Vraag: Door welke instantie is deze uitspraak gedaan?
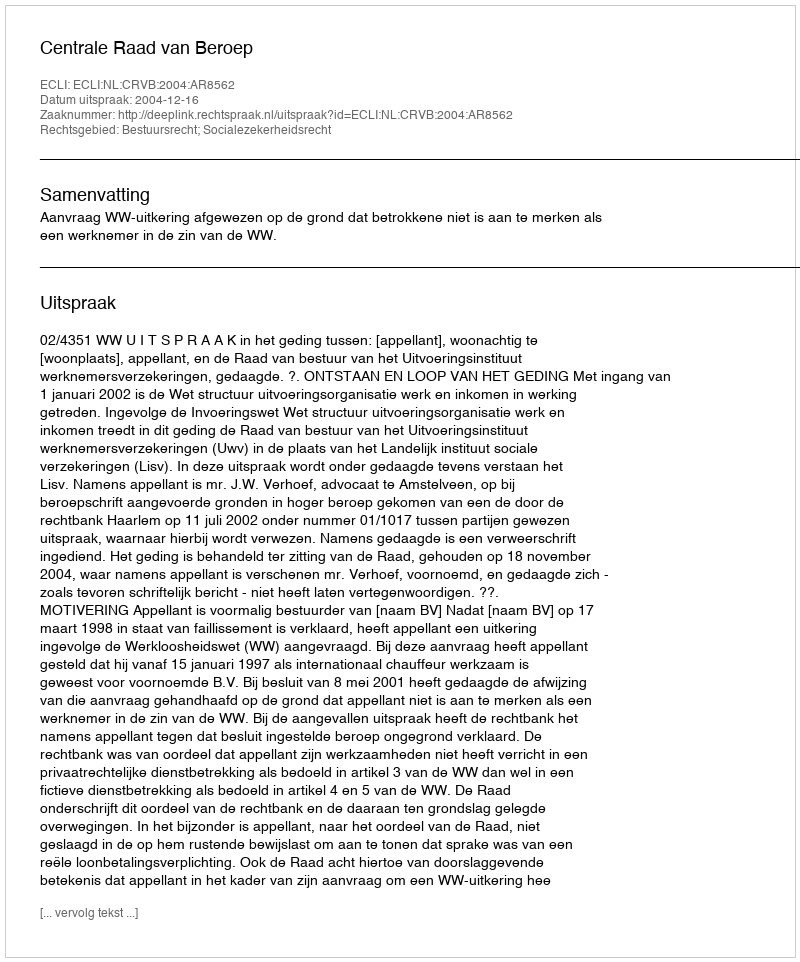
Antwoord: Centrale Raad van Beroep